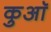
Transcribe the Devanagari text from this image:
कुआॅ